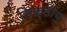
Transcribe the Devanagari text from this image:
निकटीय